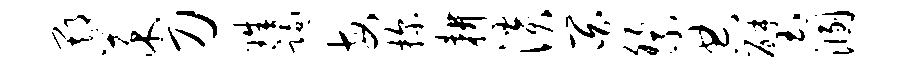
期菜刀珠躅每探耕淡百祭典璧溷